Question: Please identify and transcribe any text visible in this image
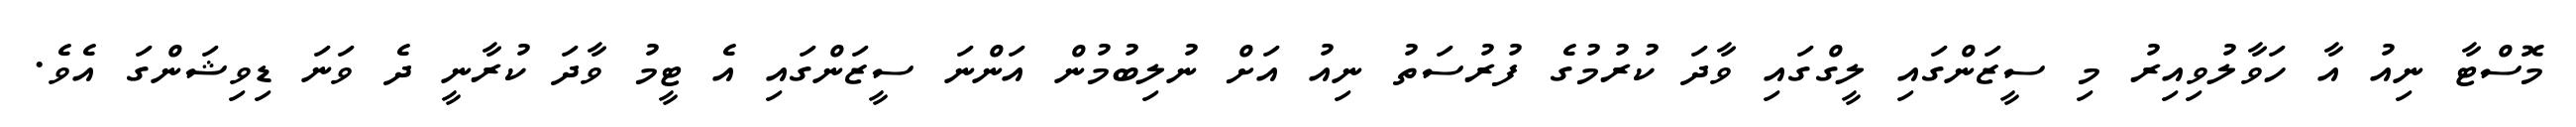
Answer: މޮސްޓާ ނިއު އާ ހަވާލުވިއިރު މި ސީޒަންގައި ލީގްގައި ވާދަ ކުރުމުގެ ފުރުސަތު ނިއު އަށް ނުލިބުމުން އަންނަ ސީޒަންގައި އެ ޓީމު ވާދަ ކުރާނީ ދެ ވަނަ ޑިވިޝަންގަ އެވެ.